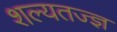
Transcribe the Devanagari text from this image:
शल्यतज्‍ज्ञ